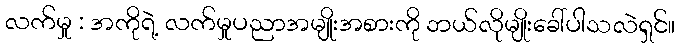
လက်မှု : အကိုရဲ့ လက်မှုပညာအမျိုးအစားကို ဘယ်လိုမျိုးခေါ်ပါသလဲရှင်။